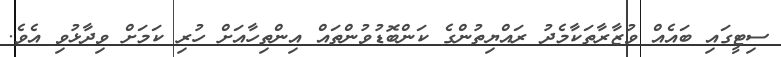
ސިޓީގައި ބައެއް ވުޒާރާތަކާމެދު ރައްޔިތުންގެ ކަންބޮޑުވުންތައް އިންތިހާއަށް ހުރި ކަމަށް ވިދާޅުވި އެވެ.